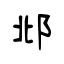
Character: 邶